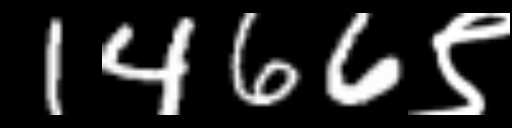
Text: 1466९